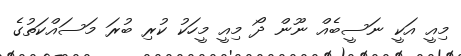
މިއީ އަކީ ނަސީބެއް ނޫން ދޯ މިއީ މީހަކު ކުރި ބުރަ މަސައްކަތުގެ